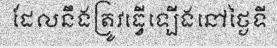
ដែលនឹងត្រូវធ្វើឡើងនៅថ្ងៃទី